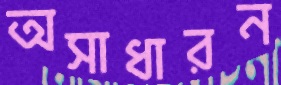
অসাধারন